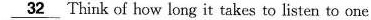
\underline{32} Think of how long it takes to listen to one